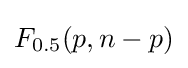
F_{0.5}(p,n-p)